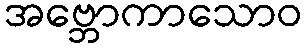
အဗ္ဘောကာသောဝ